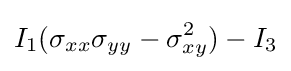
I_{1}(\sigma _{xx}\sigma _{yy}-\sigma _{xy}^{2})-I_{3}